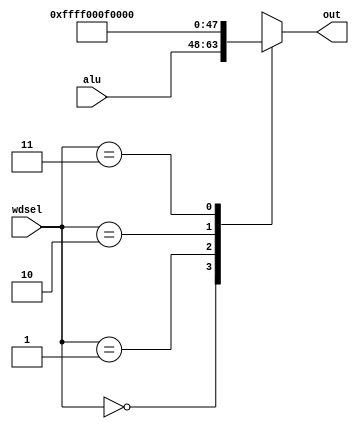
/*
   This file was generated automatically by Alchitry Labs version 1.2.7.
   Do not edit this file directly. Instead edit the original Lucid source.
   This is a temporary file and any changes made to it will be destroyed.
*/

module wdselmux_7 (
    input [1:0] wdsel,
    input [15:0] alu,
    output reg [15:0] out
  );
  
  
  
  always @* begin
    
    case (wdsel)
      2'h0: begin
        out = alu;
      end
      2'h1: begin
        out = 16'hffff;
      end
      2'h2: begin
        out = 16'h000f;
      end
      2'h3: begin
        out = 16'h0000;
      end
      default: begin
        out = alu;
      end
    endcase
  end
endmodule